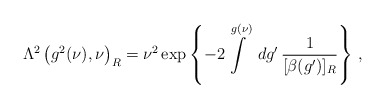
\begin{align*}\Lambda^{2} \left(g^{2}(\nu), \nu \right)_{R} =\nu^{2} \exp \left\{ -2 \int \limits^{g (\nu)} \, \,d g' \, \frac{1}{[\beta (g')]_{R}} \right\} \, ,\end{align*}